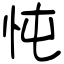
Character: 忳